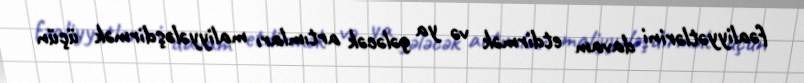
fəaliyyətlərini davam etdirmək və ya gələcək artımları maliyyələşdirmək üçün